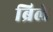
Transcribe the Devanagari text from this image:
ब्रिले